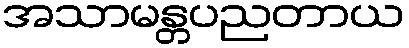
အသာမန္တပညတာယ